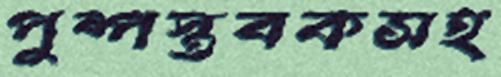
পুষ্পস্তবকসহ